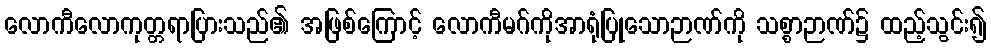
လောကီလောကုတ္တရာပြားသည်၏ အဖြစ်ကြောင့် လောကီမဂ်ကိုအာရုံပြုသောဉာဏ်ကို သစ္စာဉာဏ်၌ ထည့်သွင်း၍